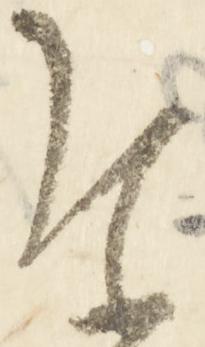
参